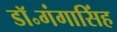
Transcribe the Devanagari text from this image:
डॉ॰गंगासिंह